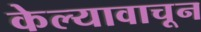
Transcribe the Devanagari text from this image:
केल्यावाचून